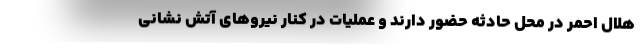
هلال احمر در محل حادثه حضور دارند و عملیات در کنار نیروهای آتش نشانی